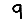
Digit: 9